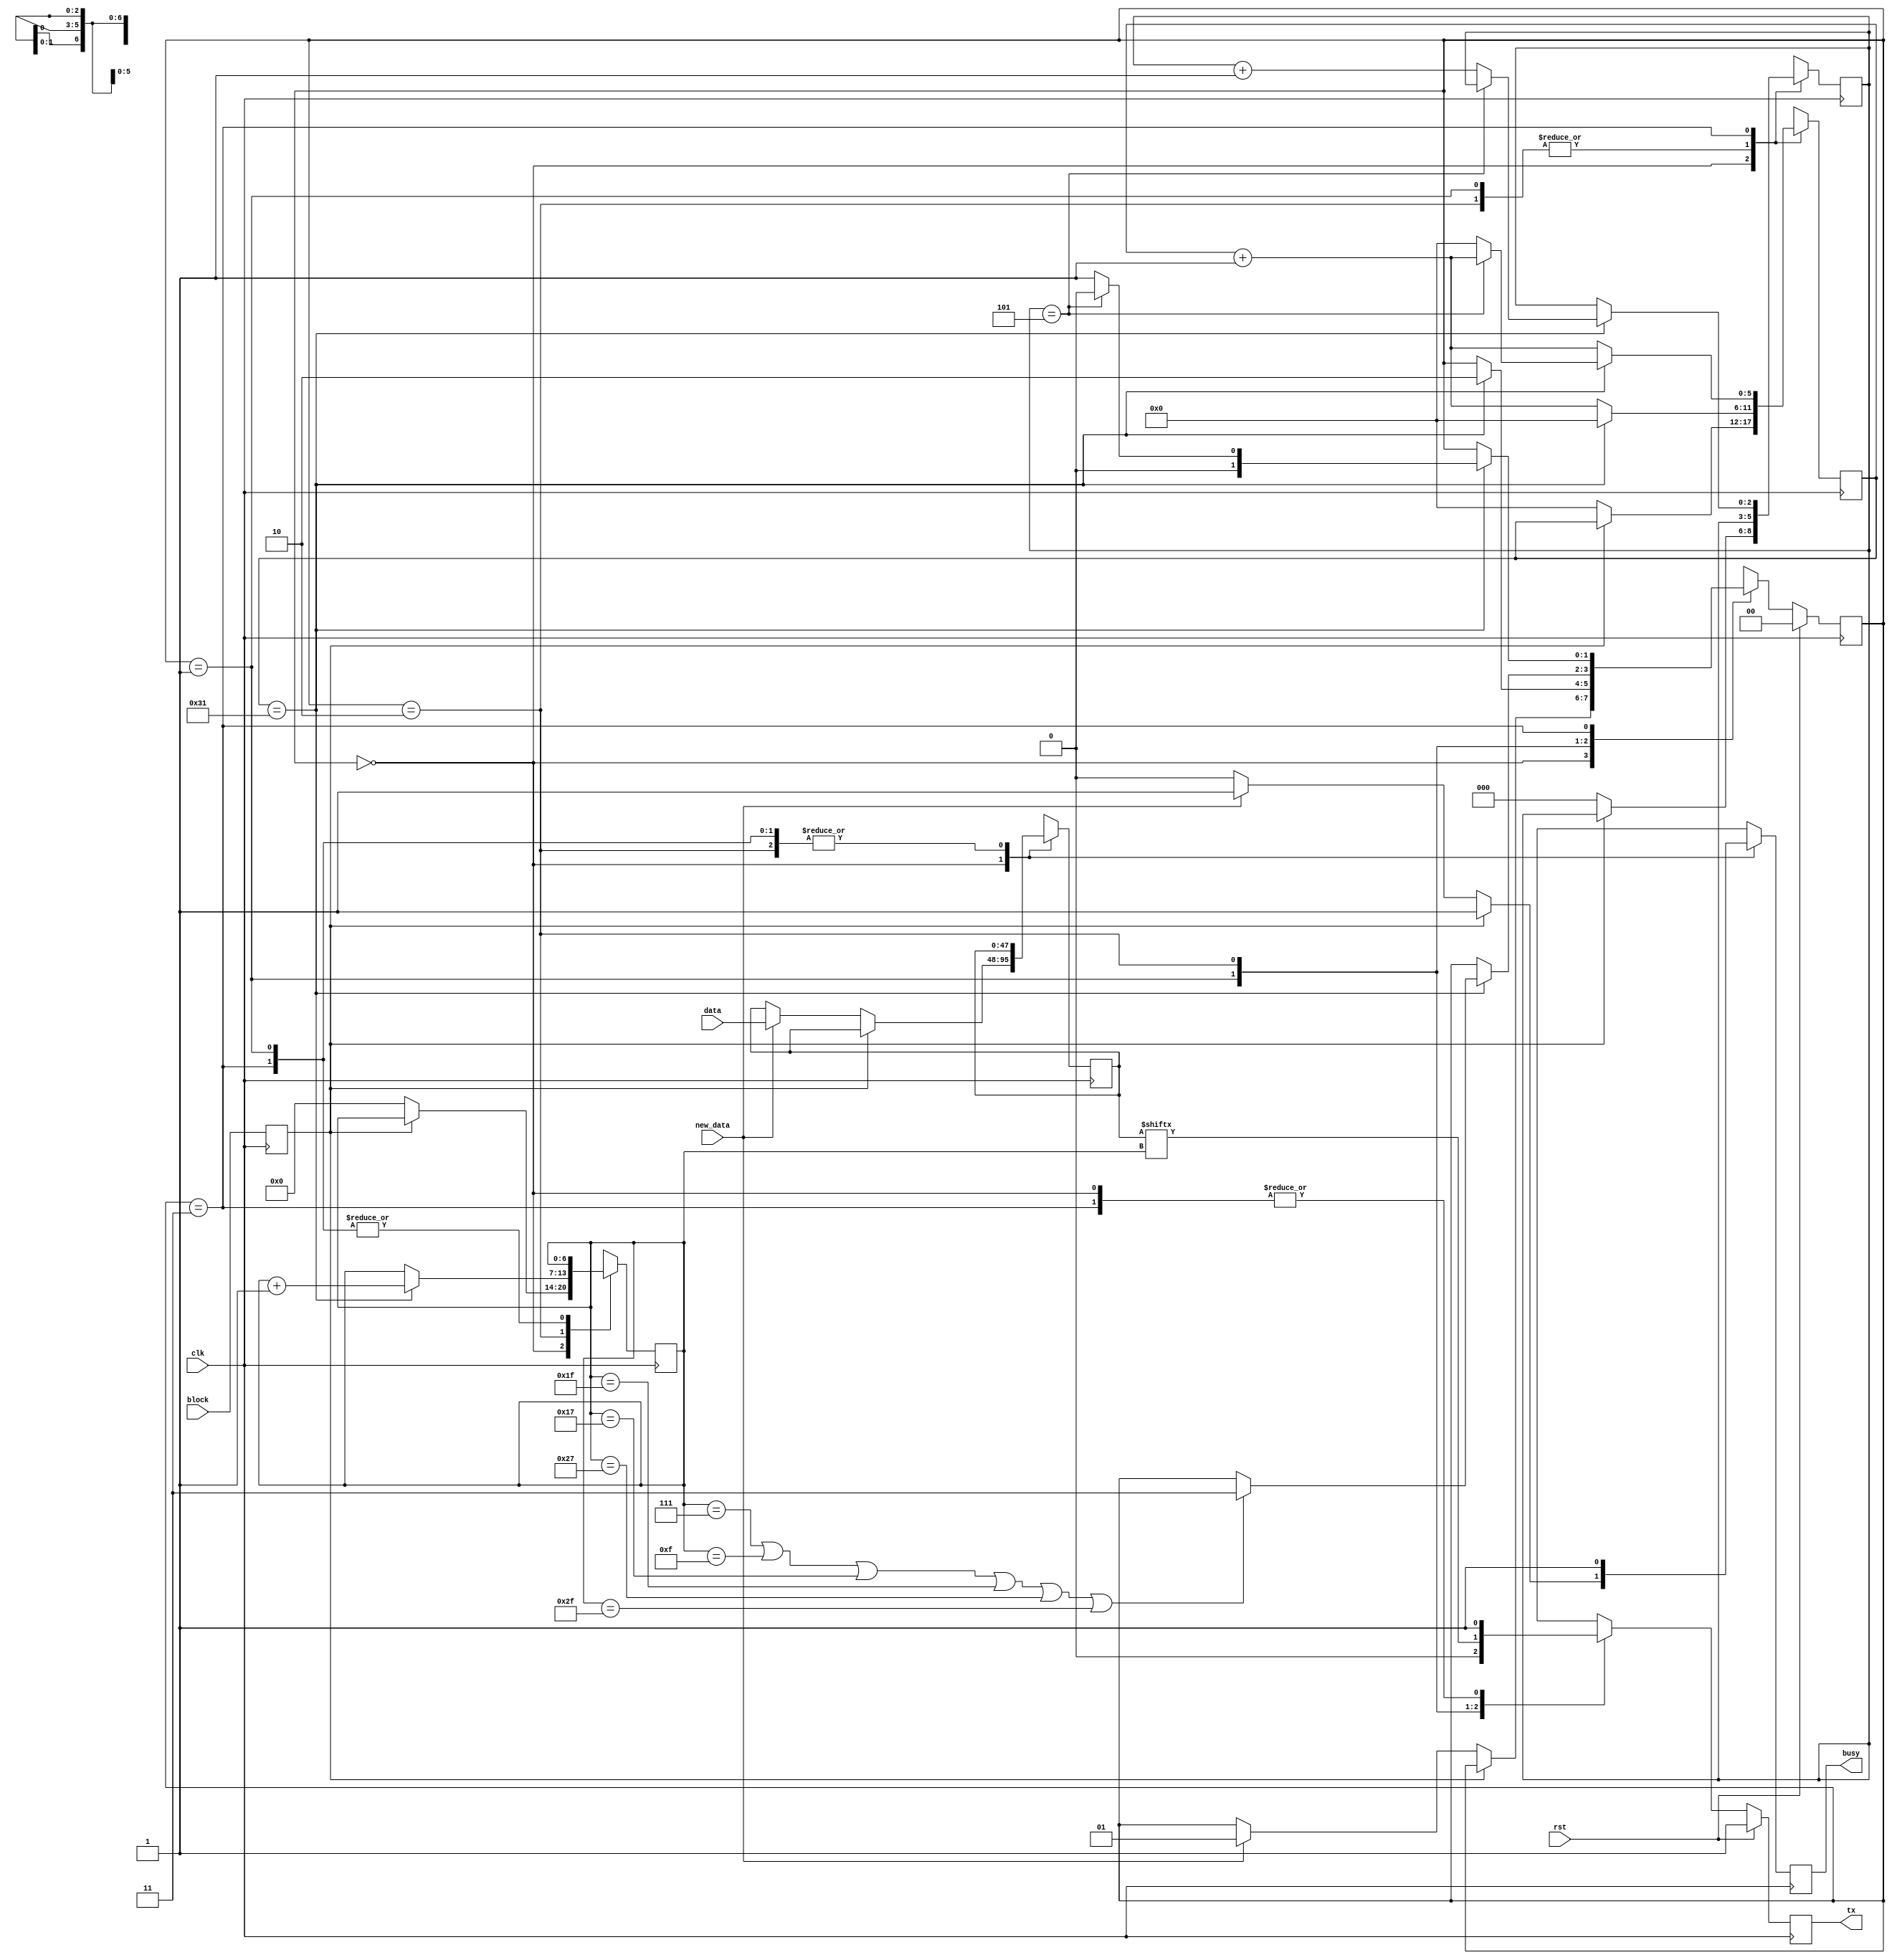
module serial_tx2 #(
        parameter CLK_PER_BIT = 50
    )(
        // INPUT
        input clk,
        input rst,
        input block,
        input new_data,
        input [47:0] data,
        
        // OUTPUT
        output tx,
        output busy
    );

    // clog2 is 'ceiling of log base 2' which gives you the number of bits needed to store a value
    parameter CTR_SIZE = $clog2(CLK_PER_BIT);

    localparam STATE_SIZE = 2;
    localparam IDLE = 2'd0,
    START_BIT = 2'd1,
    DATA = 2'd2,
    STOP_BIT = 2'd3;

    reg [CTR_SIZE-1:0] ctr_d, ctr_q;
    reg [6:0] bit_ctr_d, bit_ctr_q;
    reg [47:0] data_d, data_q;
    reg [STATE_SIZE-1:0] state_d, state_q = IDLE;
    reg tx_d, tx_q;
    reg busy_d, busy_q;
    reg block_d, block_q;

    reg [2:0] Byte_countr_d,Byte_countr_q;

    assign tx = tx_q;
    assign busy = busy_q;

    always @(*) begin
        block_d = block;
        ctr_d = ctr_q;
        bit_ctr_d = bit_ctr_q;
        data_d = data_q;
        state_d = state_q;
        busy_d = busy_q;
        Byte_countr_d = Byte_countr_q;

        case (state_q)
            IDLE: begin
                if (block_q) begin
                    busy_d = 1'b1;
                    tx_d = 1'b1;
                end else begin
                    busy_d = 1'b0;
                    tx_d = 1'b1;
                    bit_ctr_d = 4'd0;
                    ctr_d = 1'b0;
                    Byte_countr_d=1'b0;
                    if (new_data) begin
                        data_d = data;
                        state_d = START_BIT;
                        busy_d = 1'b1;
                    end
                end
            end

            START_BIT: begin
                busy_d = 1'b1;
                ctr_d = ctr_q + 1'b1;
                tx_d = 1'b0;
                if (ctr_q == CLK_PER_BIT - 1) begin
                    ctr_d = 1'b0;
                    state_d = DATA;
                end
            end
            DATA: begin
                busy_d = 1'b1;
                tx_d = data_q[bit_ctr_q];
                ctr_d = ctr_q + 1'b1;
                if (ctr_q == CLK_PER_BIT - 1) begin
                    ctr_d = 1'b0;
                    bit_ctr_d = bit_ctr_q + 1'b1;
                    // for 8 bytes
                    if (bit_ctr_q == 7 || bit_ctr_q == 15 || bit_ctr_q == 23 || bit_ctr_q == 31||bit_ctr_q == 39|| bit_ctr_q == 47 ) begin//|| bit_ctr_q == 39 || bit_ctr_q == 47 || bit_ctr_q == 55 || bit_ctr_q == 63) begin//  change if increase package
                        state_d = STOP_BIT;
                    end
                end
            end
            STOP_BIT: begin
                busy_d = 1'b1;
                tx_d = 1'b1;
                ctr_d = ctr_q + 1'b1;
                if (ctr_q == CLK_PER_BIT - 1) begin
                    // 8 bytes -> 3'd7
                    if (Byte_countr_q == 3'd5) begin 
                        state_d = IDLE;
                    end else begin
                        // make delay to avoid error becuase of missmatch of speed
                        Byte_countr_d = Byte_countr_q +1'b1;
                        state_d = START_BIT;
                        ctr_d = 1'b0;
                    end               
                end


            end






            default: begin
                state_d = IDLE;
            end
        endcase
    end

    always @(posedge clk) begin
        if (rst) begin
            state_q <= IDLE;
            tx_q <= 1'b1;
        end else begin
            state_q <= state_d;
            tx_q <= tx_d;
        end

        Byte_countr_q <= Byte_countr_d;
        block_q <= block_d;
        data_q <= data_d;
        bit_ctr_q <= bit_ctr_d;
        ctr_q <= ctr_d;
        busy_q <= busy_d;
    end

endmodule